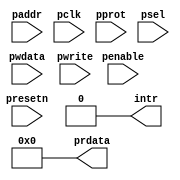
/*
Copyright (c) 2019 Alibaba Group Holding Limited

Permission is hereby granted, free of charge, to any person obtaining a copy of this software and associated documentation files (the "Software"), to deal in the Software without restriction, including without limitation the rights to use, copy, modify, merge, publish, distribute, sublicense, and/or sell copies of the Software, and to permit persons to whom the Software is furnished to do so, subject to the following conditions:

The above copyright notice and this permission notice shall be included in all copies or substantial portions of the Software.

THE SOFTWARE IS PROVIDED "AS IS", WITHOUT WARRANTY OF ANY KIND, EXPRESS OR IMPLIED, INCLUDING BUT NOT LIMITED TO THE WARRANTIES OF MERCHANTABILITY, FITNESS FOR A PARTICULAR PURPOSE AND NONINFRINGEMENT. IN NO EVENT SHALL THE AUTHORS OR COPYRIGHT HOLDERS BE LIABLE FOR ANY CLAIM, DAMAGES OR OTHER LIABILITY, WHETHER IN AN ACTION OF CONTRACT, TORT OR OTHERWISE, ARISING FROM, OUT OF OR IN CONNECTION WITH THE SOFTWARE OR THE USE OR OTHER DEALINGS IN THE SOFTWARE.

*/
module apb_dummy_top(
  intr,  
  paddr,
  pclk,
  penable,
  pprot,
  prdata,
  psel,
  pwdata,
  pwrite,
  presetn
);
input   [31:0]  paddr;        
input           pclk;         
input           penable;      
input   [2 :0]  pprot;        
input           psel;         
input   [31:0]  pwdata;       
input           pwrite;       
input           presetn;   
output  [31:0]  prdata; 
output          intr;  
assign prdata[31:0] = 32'h0;
assign intr = 1'b0;
endmodule
module ahb_dummy_top(
  haddr,
  hclk,
  hprot,
  hrdata,
  hready,
  hresp,
  hrst_b,
  hsel,
  hsize,
  htrans,
  hwdata,
  hwrite,
  intr
);
input   [31:0]  haddr;        
input           hclk;         
input   [3 :0]  hprot;        
input           hrst_b;       
input           hsel;         
input   [2 :0]  hsize;        
input   [1 :0]  htrans;       
input   [31:0]  hwdata;       
input           hwrite;       
output  [31:0]  hrdata;       
output          hready;  
output  [1 :0]  hresp;    
output		intr;    
wire  [31:0]  hrdata;       
wire          hready;  
wire  [1 :0]  hresp;    
wire          intr;
assign hrdata[31:0] = 32'b0;       
assign hready = 1'b1;  
assign hresp[1:0] = 2'b0;    
assign intr = 1'b0;     
endmodule
module ahbm_dummy_top(
hclk,
hrst_b,
mhrdata,
mhresp,
mhready,
mhgrant,
mhwdata,
mhburst,
mhtrans,
mhwrite,
mhaddr,
mhsize,
mhprot
);
output   [31:0]  mhaddr;       
output   [2 :0]  mhburst;      
output   [3 :0]  mhprot;       
output   [2 :0]  mhsize;       
output   [1 :0]  mhtrans;      
output   [31:0]  mhwdata;      
output           mhwrite; 
input          hclk;      
input          hrst_b;      
input          mhgrant;      
input  [31:0]  mhrdata;      
input          mhready;      
input  [1 :0]  mhresp;  
wire   [31:0]  mhaddr;       
wire   [2 :0]  mhburst;      
wire   [3 :0]  mhprot;       
wire   [2 :0]  mhsize;       
wire   [1 :0]  mhtrans;      
wire   [31:0]  mhwdata;      
wire           mhwrite; 
assign mhaddr[31:0]  = 32'b0; 
assign mhburst[2 :0] = 3'b0; 
assign mhprot[3 :0]  = 4'b0;
assign mhsize[2 :0]  = 3'b0;
assign mhtrans[1 :0] = 2'b0; 
assign mhwdata[31:0] = 32'b0; 
assign mhwrite       = 1'b0;
endmodule